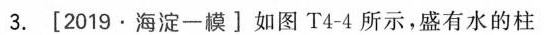
3.[2019.海淀一模]如图T4-4所示，盛有水的柱